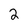
Character: 2